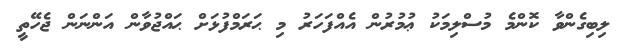
ލިބިގެންވާ ކޮންމެ މުސްލިމަކު ޢުމުރުން އެއްފަހަރު މި ޙަރަމްފުޅަށް ޙައްޖުވާން އަންނަން ޖެހޭތީ